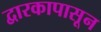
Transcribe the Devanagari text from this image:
द्वारकापासून